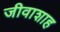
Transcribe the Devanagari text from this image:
जीवाशाह